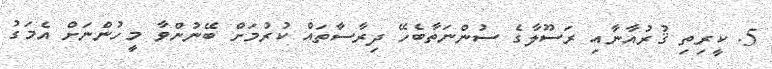
5. ކީރިތި ޤުރުއާނާއި ރަސޫލާގެ ސުންނަތާބެހޭ ދިރާސާތައް ކުރުމަށް ބޭނުންވާ މީހުންނަށް އެމަގު